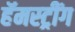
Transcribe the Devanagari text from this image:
हॅमस्ट्रींग